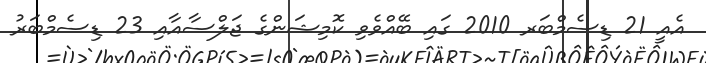
އެއީ 21 ޑިސެމްބަރ 2010 ގައި ބޭއްވެވި ކޮމިޝަންގެ ޖަލްސާއާއި 23 ޑިސެމްބަރު